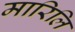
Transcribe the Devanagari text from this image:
मारिलि